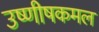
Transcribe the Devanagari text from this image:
उष्णीषकमल